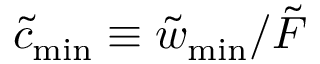
\tilde { c } _ { \mathrm { m i n } } \equiv \tilde { w } _ { \mathrm { m i n } } / \tilde { F }